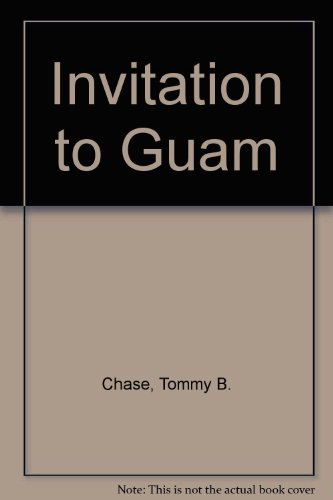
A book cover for Invitation to Guam: Everything You Need to Know about Guam Its People and Culture; Tommy B. Chase; Travel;